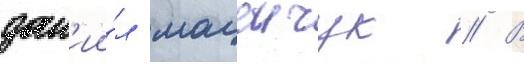
дан'ии́л мацеичук // В